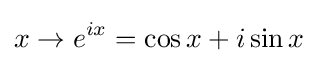
x\to e^{ix}=\cos x+i\sin x